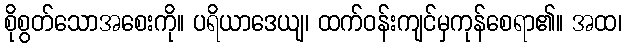
စိုစွတ်သောအစေးကို။ ပရိယာဒေယျ၊ ထက်ဝန်းကျင်မှကုန်စေရာ၏။ အထ၊